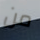
من